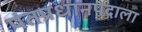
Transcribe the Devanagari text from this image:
पंतप्रधानपदाला